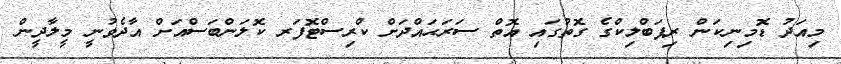
މިއަދު ޑޮމިނިކަން ރިޕަބްލިކްގެ ގޮތުގައި އޮތް ސަރަޙައްދަށް ކްރިސްޓޮފަރ ކޮލަންބަސްއަށް އާދެވުނީ މީލާދީން